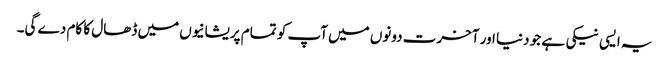
یہ ایسی نیکی ہے جو دنیا اور آخرت دونوں میں آپ کو تمام پریشانیوں میں ڈھال کا کام دے گی۔